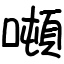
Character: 噸